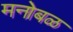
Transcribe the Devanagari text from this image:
मनोबळ